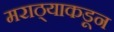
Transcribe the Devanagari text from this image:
मराठ्याकडून